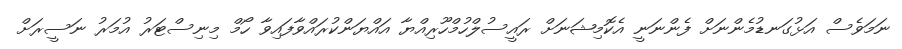
ނަމަވެސް އަޅުގަނޑުމެންނަށް ފެންނަނީ އެކޮމިޝަނަށް ރައީސުލްހުމްހޫރިއްޔާ އައްޔަންކުރައްވާފައިވާ ހޯމް މިނިސްޓަރު އުމަރު ނަސީރަށް